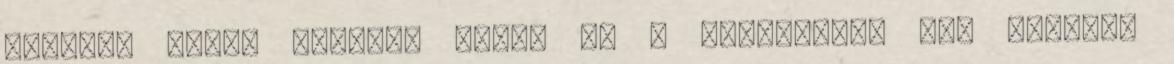
szegény vejük esetleg éppen az ő vagyonukra vet szemet.